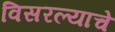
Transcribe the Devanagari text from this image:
विसरल्याचे